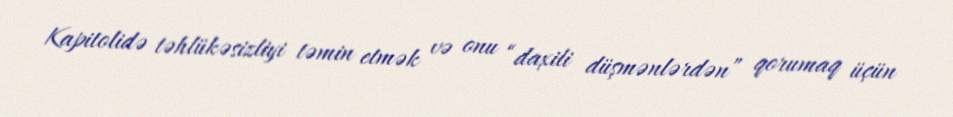
Kapitolidə təhlükəsizliyi təmin etmək və onu “daxili düşmənlərdən” qorumaq üçün